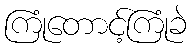
ကြုံတောင့်ကြုံခဲ